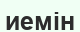
иемін